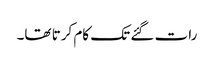
رات گئے تک کام کرتا تھا۔